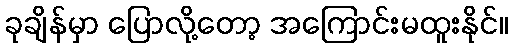
ခုချိန်မှာ ပြောလို့တော့ အကြောင်းမထူးနိုင်။